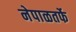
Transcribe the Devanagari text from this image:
नेपाळतर्फे